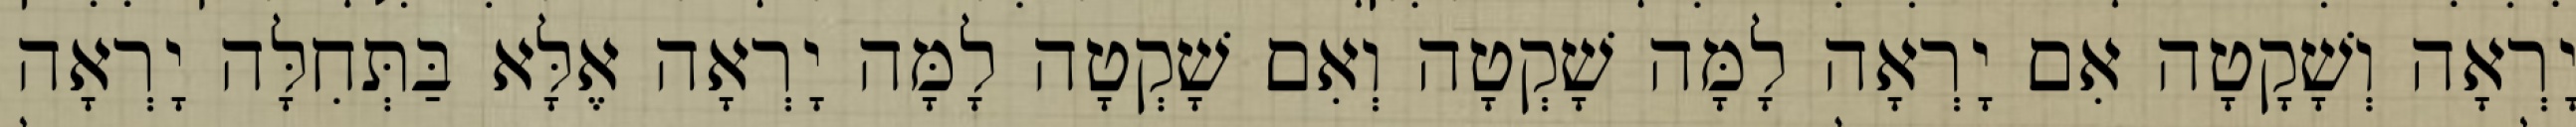
יָרְאָה וְשָׁקָטָה אִם יָרְאָה לָמָּה שָׁקְטָה וְאִם שָׁקְטָה לָמָּה יָרְאָה אֶלָּא בַּתְּחִלָּה יָרְאָה